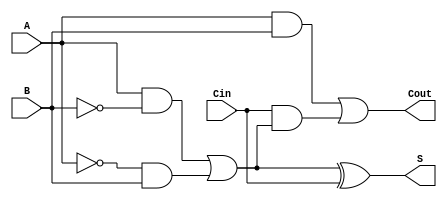
module TransmissionGateFullAdder (
    input wire A,      // First input bit
    input wire B,      // Second input bit
    input wire Cin,    // Carry-in bit
    output wire S,     // Sum output
    output wire Cout   // Carry-out output
);

    // Intermediate signals
    wire AB, A_xor_B, Cin_and_A_xor_B;

    // Transmission Gate for A XOR B
    assign A_xor_B = (A & ~B) | (~A & B);

    // Transmission Gate for A AND B
    assign AB = A & B;

    // Transmission Gate for Cin AND (A XOR B)
    assign Cin_and_A_xor_B = Cin & A_xor_B;

    // Sum output S = A XOR B XOR Cin
    assign S = A_xor_B ^ Cin;

    // Carry-out output Cout = (A AND B) OR (Cin AND (A XOR B))
    assign Cout = AB | Cin_and_A_xor_B;

endmodule